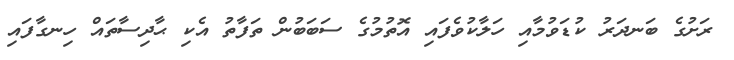
ރަށުގެ ބަނދަރު ކުޑަވުމާއި ހަލާކުވެފައި އޮތުމުގެ ސަބަބުން ތަފާތު އެކި ޙާދިސާތައް ހިނގާފައި